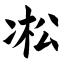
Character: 凇